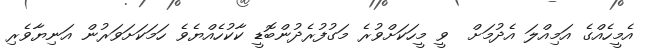
އެމީހެއްގެ އަމިއްލަ އެދުމަށް  ވީ މީހަކަށްވުރެ މަގުފުރެދުންބޮޑީ ކާކުހެއްޔެވެ ހަމަކަށަވަރުން އަނިޔާވެރި